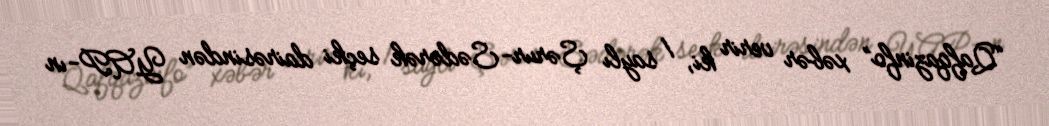
“Qafqazinfo” xəbər verir ki, 1 saylı Şərur-Sədərək seçki dairəsindən YAP-ın